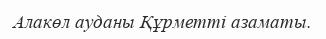
Алакөл ауданы Құрметті азаматы.